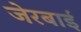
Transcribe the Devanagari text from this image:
जेरबाई